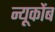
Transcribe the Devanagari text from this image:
न्यूकोंब